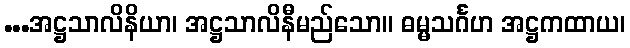
...အဋ္ဌသာလိနိယာ၊ အဋ္ဌသာလိနီမည်သော။ ဓမ္မသင်္ဂဟ အဋ္ဌကထာယ၊